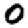
Digit: 0